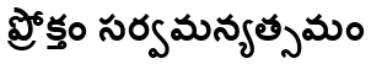
ప్రోక్తం సర్వమన్యత్సమం